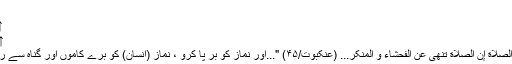
"
↑ مدثر/۴۲
↑ ماعون/۵
↑ ...وَ أَقِمِ الصَّلَاة إِنَّ الصَّلَاة تَنْهی عَنِ الْفَحْشَاء وَ الْمُنکَرِ... (عنکبوت/۴۵) "...اور نماز کو بر پا کرو ، نماز (انسان) کو برے کاموں اور گناہ سے روکتی ہے۔